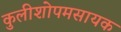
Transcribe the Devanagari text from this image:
कुलीशोपमसायक